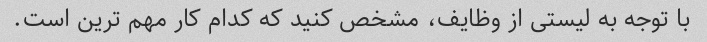
با توجه به لیستی از وظایف، مشخص کنید که کدام کار مهم ترین است.